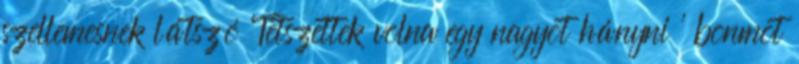
szellemesnek látszó ’Tetszettek volna egy nagyot hányni ’ bonmot